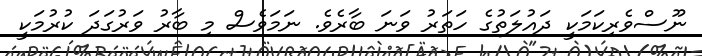
ނޫސްވެރިކަމަކީ ދައުލަތުގެ ހަތަރު ވަނަ ބާރެވެ. ނަމަވެސް މި ބާރު ވަރުގަދަ ކުރުމަކީ